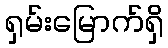
ရှမ်းမြောက်ရှိ